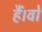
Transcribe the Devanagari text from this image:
हैं।वो